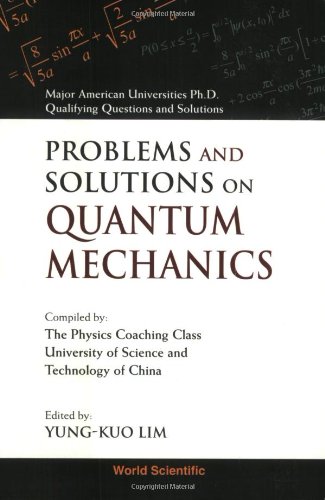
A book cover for Problems and Solutions on Quantum Mechan (Major American Universities Ph. D. Qualifying Questions and); Lim; Science & Math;